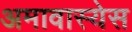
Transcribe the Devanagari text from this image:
अमावास्येस